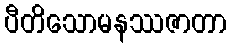
ပီတိသောမနဿဇာတာ